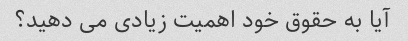
آیا به حقوق خود اهمیت زیادی می دهید؟